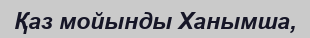
Қаз мойынды Ханымша,